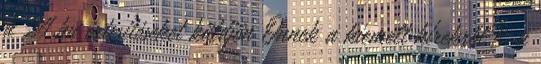
a 24.hu értesítéseket küldjön Önnek a kiemelt hírekről? a